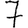
Digit: 7